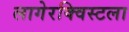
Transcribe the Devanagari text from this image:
लागेरक्विस्टला